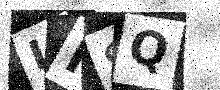
Text: LNSQ